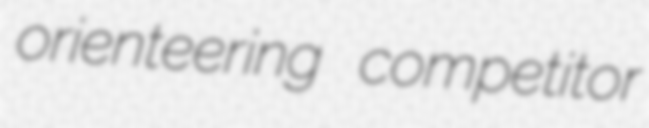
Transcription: orienteering competitor